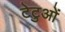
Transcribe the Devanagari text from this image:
टेटुओं